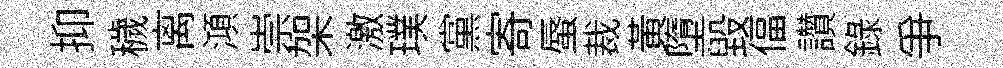
抑穢离澒崇架激璞黨寄蜃裁黄墮毁偪讚錄争